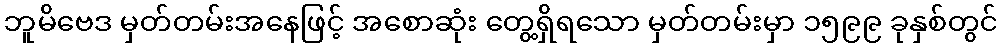
ဘူမိဗေဒ မှတ်တမ်းအနေဖြင့် အစောဆုံး တွေ့ရှိရသော မှတ်တမ်းမှာ ၁၅၉၉ ခုနှစ်တွင်